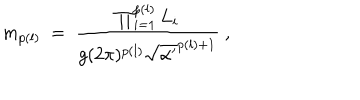
m _ { p ( l ) } ~ = ~ \frac { \prod _ { i = 1 } ^ { p ( l ) } L _ { i } } { g ( 2 \pi ) ^ { p ( l ) } { \sqrt { \alpha ^ { \prime } } } ^ { p ( l ) + 1 } } ~ ,